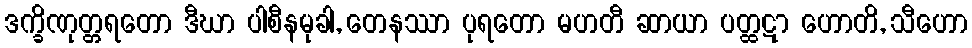
ဒက္ခိဏုတ္တရတော ဒီဃာ ပါစီနမုခါ, တေနဿာ ပုရတော မဟတီ ဆာယာ ပတ္ထဋာ ဟောတိ, သီဟော